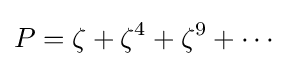
P=\zeta +\zeta ^{4}+\zeta ^{9}+\cdots